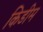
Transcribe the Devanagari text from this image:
किडीम